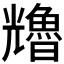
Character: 𠓑